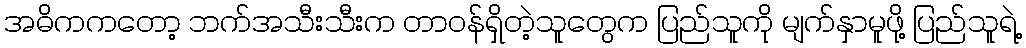
အဓိကကတော့ ဘက်အသီးသီးက တာဝန်ရှိတဲ့သူတွေက ပြည်သူကို မျက်နှာမူဖို့ ပြည်သူရဲ့